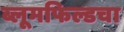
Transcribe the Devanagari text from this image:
ब्लूमफिल्डचा